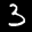
Label: 3